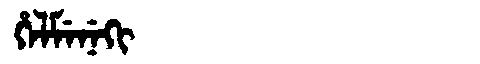
Manchu: ᡥᡝᠯᠮᡝᠨᡝᡴᡳ
Romanization: HELMENEKI